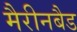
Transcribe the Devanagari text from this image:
मैरीनबैड